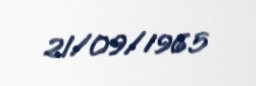
21/09/1965